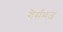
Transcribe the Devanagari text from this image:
गैर्समज्